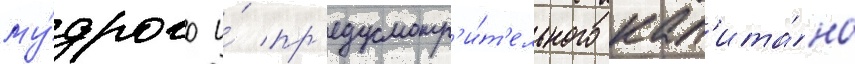
му́дрого и́ пр'едусмотр'и́т'ельного кап'ита́на